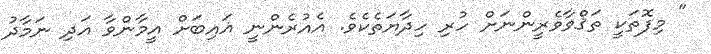
" މިފޮތަކީ ތަޤްވާވެރީންނަށް ހުރި ހިދާޔަތެކެވެ. އެއުރެންނީ ޣައިބަށް އީމާންވާ އަދި ނަމާދު